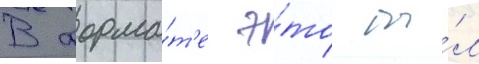
В форма́т'е э́то бы́л